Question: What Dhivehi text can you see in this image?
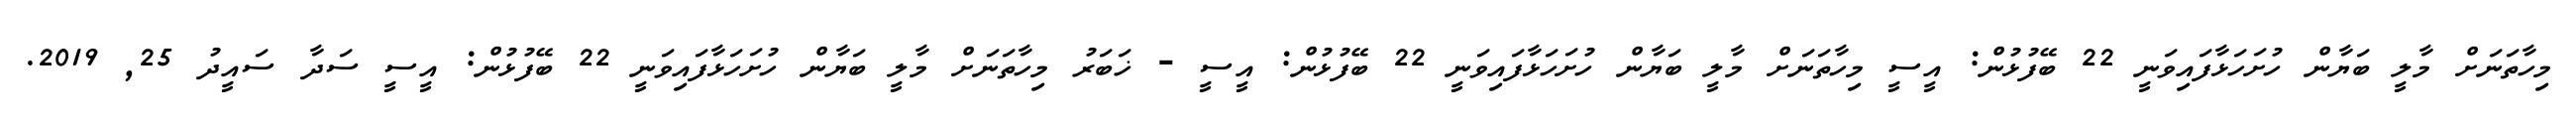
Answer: މިހާތަނަށް މާލީ ބަޔާން ހުށަހަޅާފައިވަނީ 22 ބޭފުޅުން: އީސީ މިހާތަނަށް މާލީ ބަޔާން ހުށަހަޅާފައިވަނީ 22 ބޭފުޅުން: އީސީ - ޚަބަރު މިހާތަނަށް މާލީ ބަޔާން ހުށަހަޅާފައިވަނީ 22 ބޭފުޅުން: އީސީ ސަދާ ސައީދު 25, 2019.